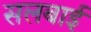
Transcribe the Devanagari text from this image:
सलबाई